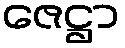
ဇေဋ္ဌာ